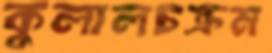
কুলালচক্রম